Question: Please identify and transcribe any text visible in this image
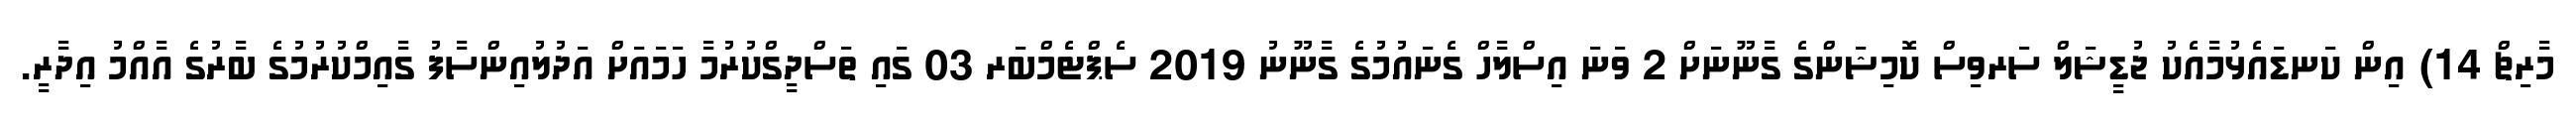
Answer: މާރިޗް 14) އިން ކަނޑައެޅުމާއެކު ޖުޑީޝަލް ސަރވިސް ކޮމިޝަންގެ ގާނޫނަށް 2 ވަނަ އިސްލާހް ގެނައުމުގެ ގާނޫނު 2019 ސެޕްޓެމްބަރ 03 ގައި ތަސްދީގްކުރުމާ ހަމައަށް އަދުލުއިންސާފު ގާއިމްކުރުމުގެ ބާރުގެ އާއްމު އިދާރީ.